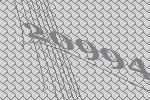
20994